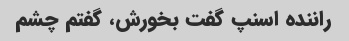
راننده اسنپ گفت بخورش، گفتم چشم